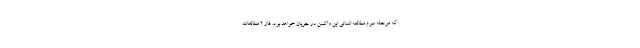
که مرحله سوم مطالعه انسانی این واکسن در جریان خواهد بود. فاز ۲ مطالعات